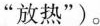
”放热”)。